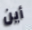
أين